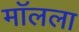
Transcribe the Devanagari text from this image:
मॉलला